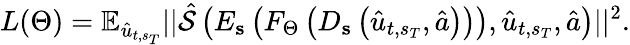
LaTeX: L(\Theta)=\mathbb{E}_{\hat{u}_{t,s_{T}}}||\hat{\mathcal{S}}\left(E_{\mathbf{s}}\left(F_{\Theta}\left(D_{\mathbf{s}}\left(\hat{u}_{t,s_{T}},\hat{a}\right)\right)\right),\hat{u}_{t,s_{T}},\hat{a}\right)||^{2}.